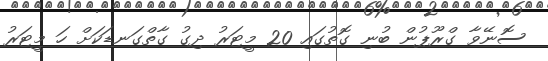
ސޮނޭވާ ގްރޫޕުން ބުނި ގޮތުގައި 20 މީޓަރު ދިގު ގާތްގަނޑަކަށް ހަ މީޓަރު